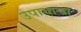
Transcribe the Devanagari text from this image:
उपायाचा